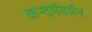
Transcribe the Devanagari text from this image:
कन्दर्पवर्मन